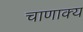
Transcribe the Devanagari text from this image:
चाणाक्य